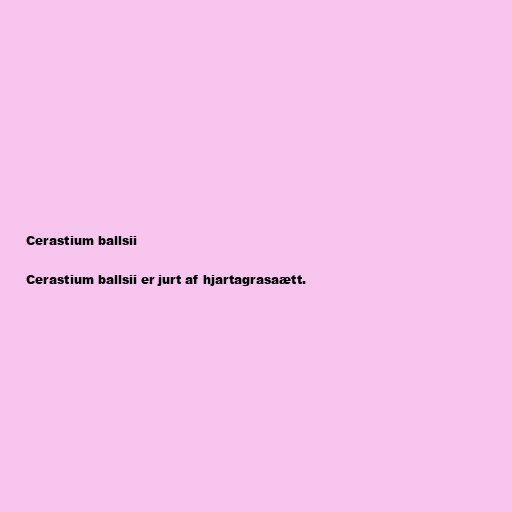
Cerastium ballsii

Cerastium ballsii er jurt af hjartagrasaætt.